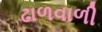
ઢાળવાળી